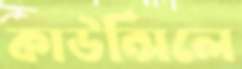
কাউন্সিলে